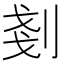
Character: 剗